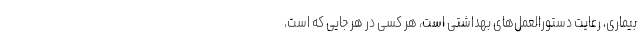
بیماری، رعایت دستورالعمل‌های بهداشتی است، هر کسی در هر جایی که است،